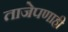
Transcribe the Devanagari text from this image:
ताजेपणाही